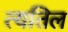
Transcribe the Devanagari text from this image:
त्यतिल